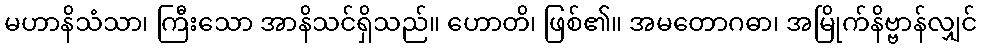
မဟာနိသံသာ၊ ကြီးသော အာနိသင်ရှိသည်။ ဟောတိ၊ ဖြစ်၏။ အမတောဂဓာ၊ အမြိုက်နိဗ္ဗာန်လျှင်